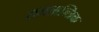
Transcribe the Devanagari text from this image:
राजतान्त्रिक